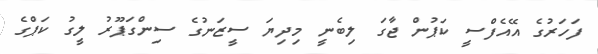
ފަހަރުގެ އޭއެފްސީ ކަޕުން ޖާގަ ލިބެނީ މިދިޔަ ސީޒަނުގެ ސިންގަޕޫރު ލީގު ކަޕްގެ